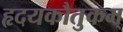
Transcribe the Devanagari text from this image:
हृदयकौतुकम्‌